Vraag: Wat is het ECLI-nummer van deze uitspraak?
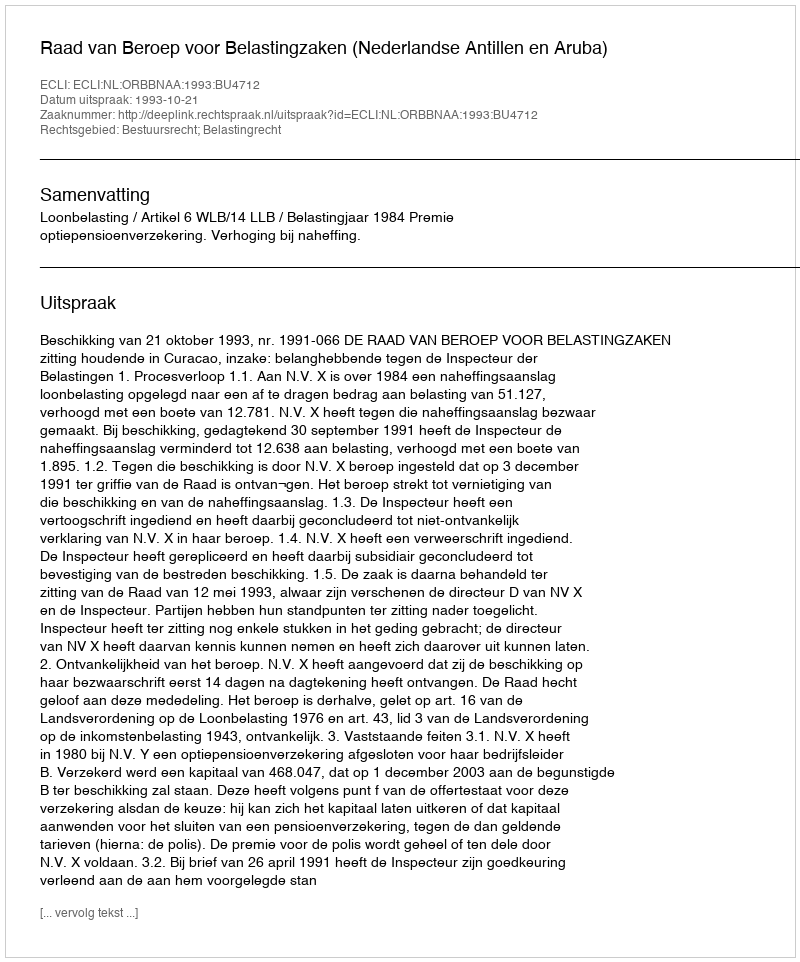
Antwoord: ECLI:NL:ORBBNAA:1993:BU4712